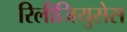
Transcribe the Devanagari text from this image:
रिलीजियुसेस